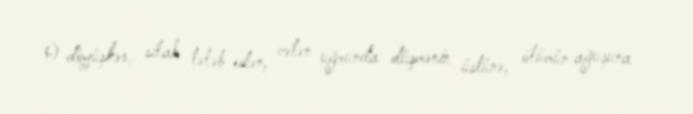
O döyüşkən, silah tələb edən, vətən uğrunda düşmənin üstünə, ölümün ağuşuna